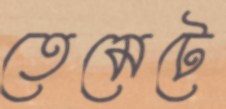
তেমেটে